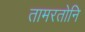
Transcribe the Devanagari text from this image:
तामरतोनि